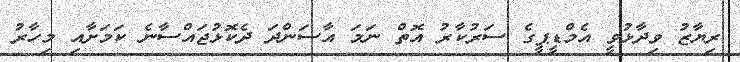
ރިޔާޒު ވިދާޅުވީ އެމްޑީޕީގެ ސަރުކާރު އޮތް ނަމަ އާސަންދަ ދެކޮޅުޖައްސާނެ ކަމަށާއި މިހާރު